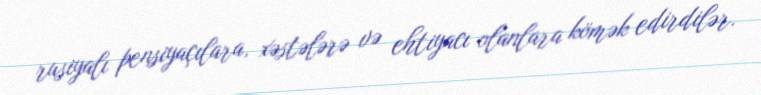
rusiyalı pensiyaçılara, xəstələrə və ehtiyacı olanlara kömək edirdilər.